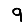
Digit: 9